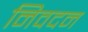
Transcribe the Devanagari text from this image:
निवदन